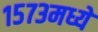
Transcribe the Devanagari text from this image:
१५७३मध्ये